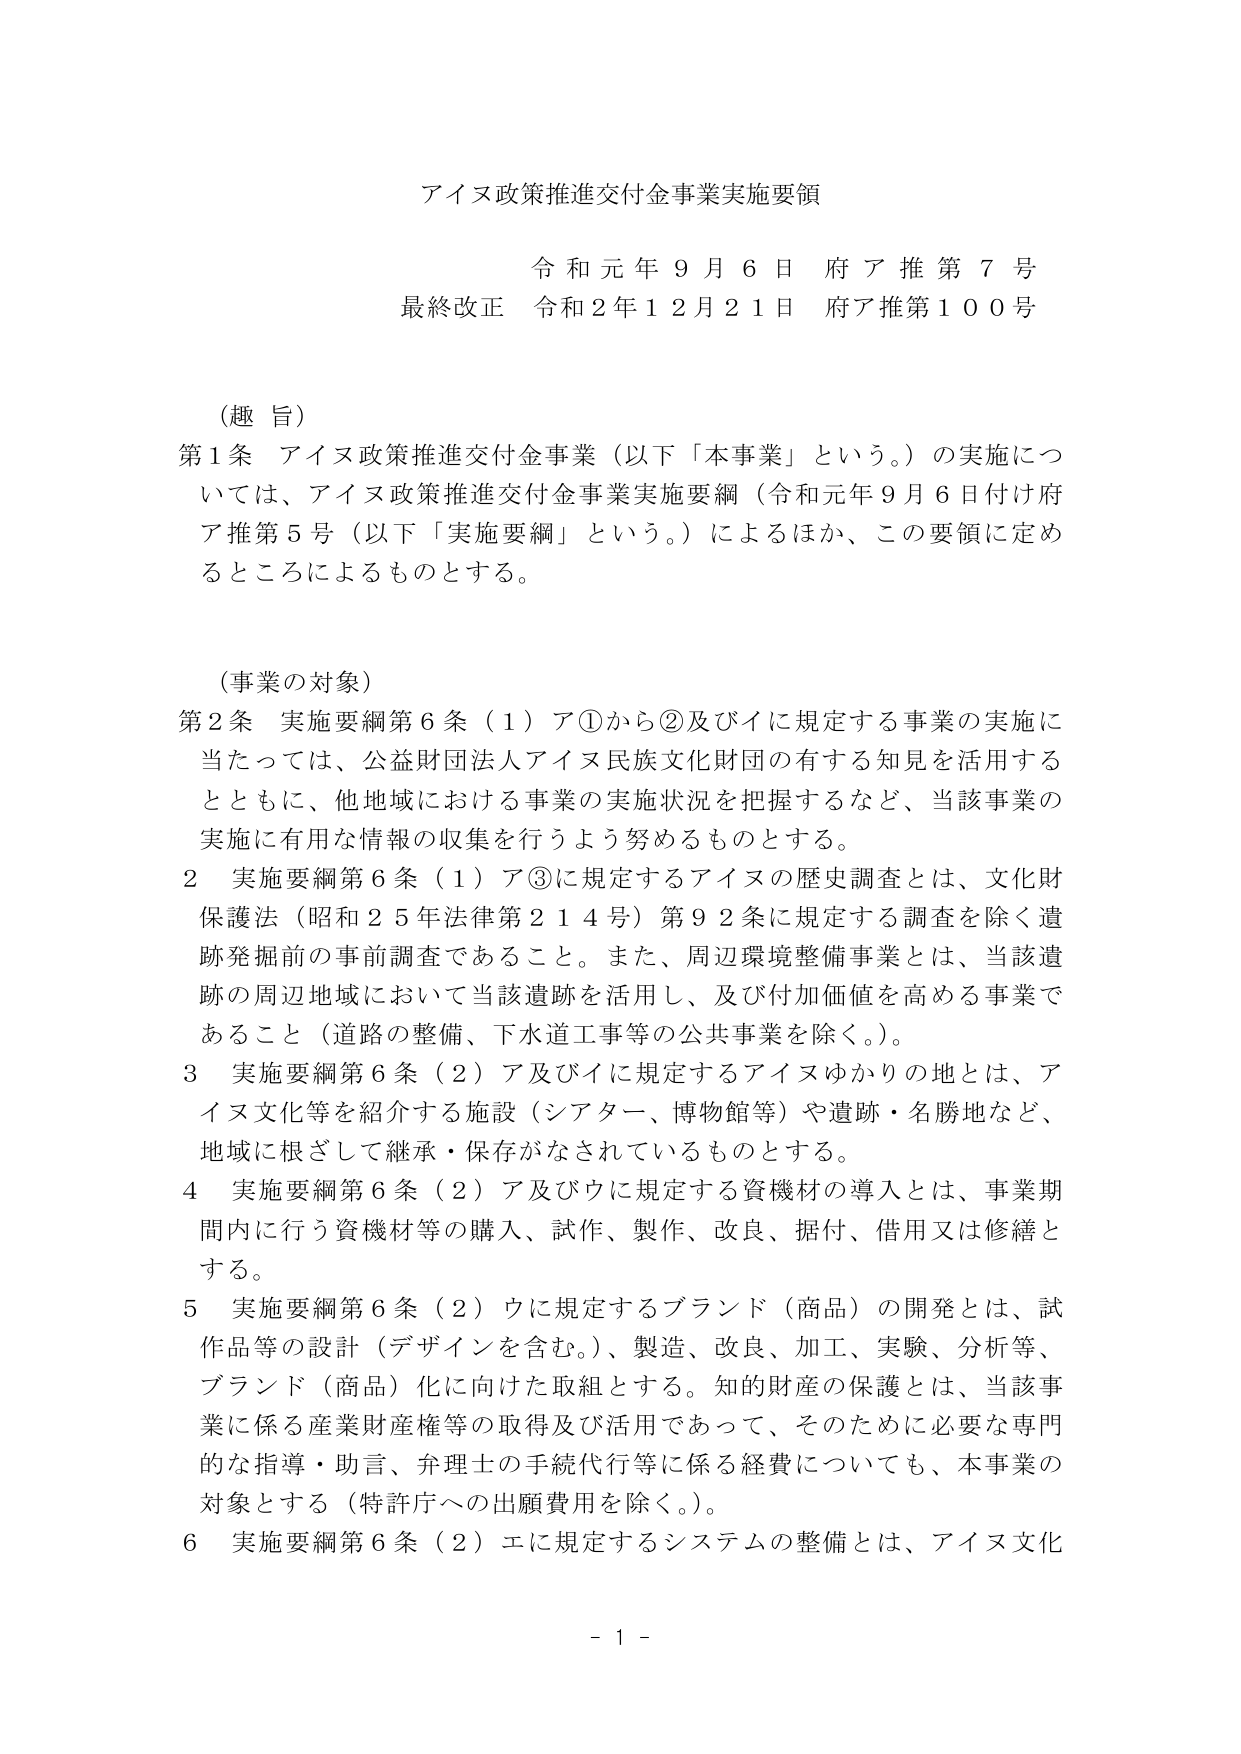
アイヌ政策推進交付金事業実施要領

令和元年９月６日 府ア推第７号
最終改正 令和２年１２月２１日 府ア推第１００号

（趣旨）
第１条 アイヌ政策推進交付金事業（以下「本事業」という。）の実施については、アイヌ政策推進交付金事業実施要綱（令和元年９月６日付け府ア推第５号（以下「実施要綱」という。）によるほか、この要領に定めるところによるものとする。

（事業の対象）
第２条 実施要綱第６条（１）ア①から②及びイに規定する事業の実施に当たっては、公益財団法人アイヌ民族文化財団の有する知見を活用するとともに、他地域における事業の実施状況を把握するなど、当該事業の実施に有用な情報の収集を行うよう努めるものとする。

２ 実施要綱第６条（１）ア③に規定するアイヌの歴史調査とは、文化財保護法（昭和２５年法律第２１４号）第９２条に規定する調査を除く遺跡発掘前の事前調査であること。また、周辺環境整備事業とは、当該遺跡の周辺地域において当該遺跡を活用し、及び付加価値を高める事業であること（道路の整備、下水道工事等の公共事業を除く。）。

３ 実施要綱第６条（２）ア及びイに規定するアイヌゆかりの地とは、アイヌ文化等を紹介する施設（シアター、博物館等）や遺跡・名勝地など、地域に根ざして継承・保存がなされているものとする。

４ 実施要綱第６条（２）ア及びウに規定する資機材の導入とは、事業期間内に行う資機材等の購入、試作、製作、改良、据付、借用又は修繕とする。

５ 実施要綱第６条（２）ウに規定するブランド（商品）の開発とは、試作品等の設計（デザインを含む。）、製造、改良、加工、実験、分析等、ブランド（商品）化に向けた取組とする。知的財産の保護とは、当該事業に係る産業財産権等の取得及び活用であって、そのために必要な専門的な指導・助言、弁理士の手続代行等に係る経費についても、本事業の対象とする（特許庁への出願費用を除く。）。

６ 実施要綱第６条（２）エに規定するシステムの整備とは、アイヌ文化

－１－